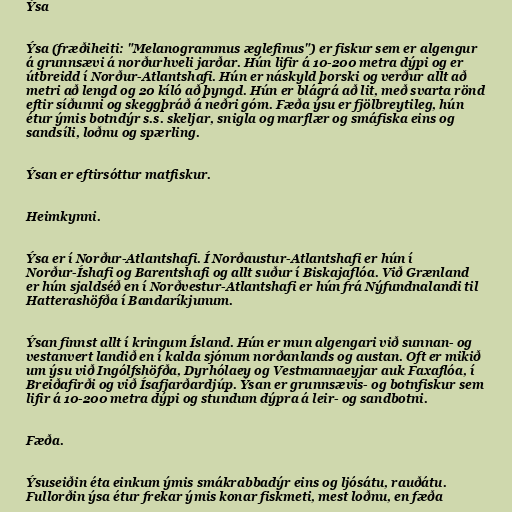
Ýsa

Ýsa (fræðiheiti: "Melanogrammus æglefinus") er fiskur sem er algengur
á grunnsævi á norðurhveli jarðar. Hún lifir á 10-200 metra dýpi og er
útbreidd í Norður-Atlantshafi. Hún er náskyld þorski og verður allt að
metri að lengd og 20 kíló að þyngd. Hún er blágrá að lit, með svarta rönd
eftir síðunni og skeggþráð á neðri góm. Fæða ýsu er fjölbreytileg, hún
étur ýmis botndýr s.s. skeljar, snigla og marflær og smáfiska eins og
sandsíli, loðnu og spærling.

Ýsan er eftirsóttur matfiskur.

Heimkynni.

Ýsa er í Norður-Atlantshafi. Í Norðaustur-Atlantshafi er hún í
Norður-Íshafi og Barentshafi og allt suður í Biskajaflóa. Við Grænland
er hún sjaldséð en í Norðvestur-Atlantshafi er hún frá Nýfundnalandi til
Hatterashöfða í Bandaríkjunum.

Ýsan finnst allt í kringum Ísland. Hún er mun algengari við sunnan- og
vestanvert landið en í kalda sjónum norðanlands og austan. Oft er mikið
um ýsu við Ingólfshöfða, Dyrhólaey og Vestmannaeyjar auk Faxaflóa, í
Breiðafirði og við Ísafjarðardjúp. Ýsan er grunnsævis- og botnfiskur sem
lifir á 10-200 metra dýpi og stundum dýpra á leir- og sandbotni.

Fæða.

Ýsuseiðin éta einkum ýmis smákrabbadýr eins og ljósátu, rauðátu.
Fullorðin ýsa étur frekar ýmis konar fiskmeti, mest loðnu, en fæða